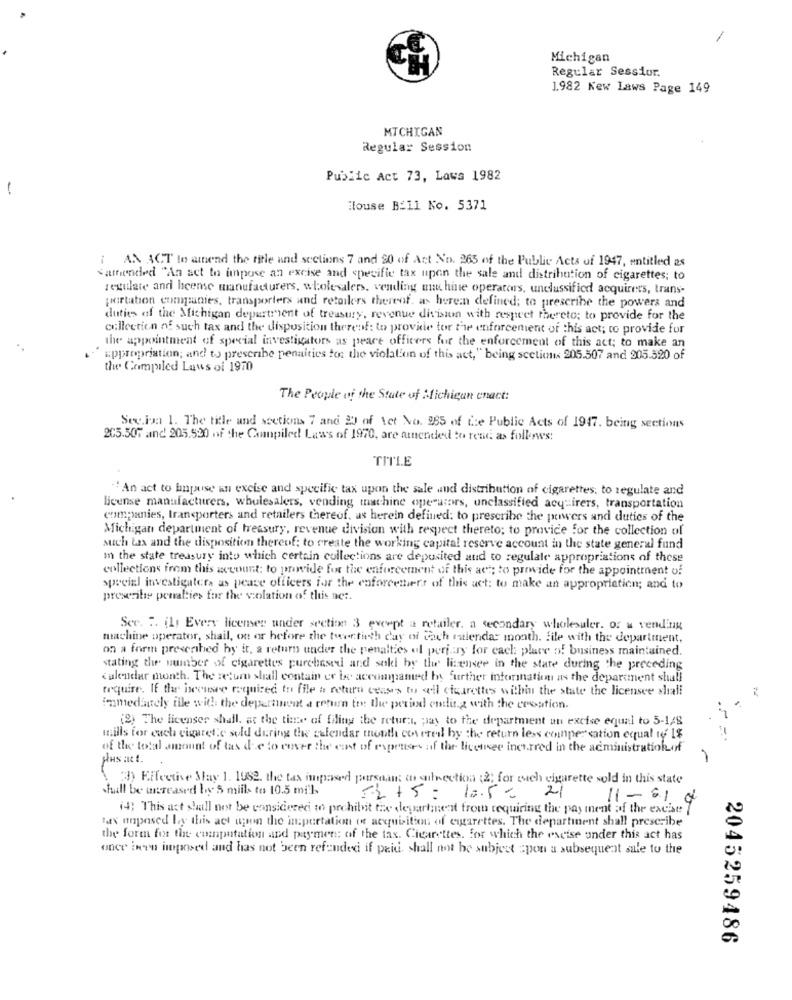
Michigan
CH
Regular Sessior.
1982 New Laws Page 149
MICHIGAN
Regular Session
Public Act 73, Laws 1982
-
House Bill No. 5371
i AN ACT to anend the title and sections 7 and 50 of Art No. 265 of the Public Acts of 1947, entitled as
samended "An act to impose an excise and specific tax upon the sale and distribution of cigarettes; to
regulate and heense manufacturers, wholesalers, vending mu hine operators, unclassified acquirers, trans-
pertation companies, transporters and retailers thereof. as heren defined; to prescribe the powers and
duties of the Michigan department of treasury, revenue division with respect thereto; to provide for the
collection of such tax and the disposition thereof: to provide tor the enforcement of this act; to provide for
the appointment of special investigators as peace officers for the enforcement of this act; to make an
appropriation; and to prescribe penalties for the violation of this act," being section. 205.507 and 205.520 of
the Compiled Laws of 1970
The People of the State of Michigan enact:
Sec.iva 1. The title und secticms 7 and 20 of tet No. 985 of Le Public Acts of 1947. being sections
205.507 and 205.520 of the Compiled Laws of 1970, are amended to rend as follows:
TITLE
"An act to Enpause an excise and specific tax upon the sale and distribution of cigarettes, to regulate and
license manufacturers, wholesalers, vending machine operators, unclassified acquirers, transportation
companies, transporters and retailers thereof, as herein defined: to prescribe the powers and duties of the
Michigan department of treasury, revenue division with respect thereto; to pravice for the collection of
such tax and the disposition thereof; to create the working capital reserve account in the state general fund
m the state treasury into which certain collections are deposited and to regulate appropriations of these
collections from this account: to provide for the enforcement of this act; to prewide for the appointment of
special investigater, as peace officers for the enforcetert of this act: to make an appropriation; and to
prescribe penalties for the violation of this act.
Ser. T. (1) Every licenser under section 3 except a retailer. a secondary wholesaler. or a vending
machine operator, shail, on or before the twentieth day of Fach ratienda month. file with the department,
on a form prescribed hy it, a return under the penalties ul perjury for each place of business maintained.
stating the number of cigarettes purchased and sold by the lisenser in the state during the preceding
calendar month. The return shall contain er be accompanied by further information as the department shall
require. If the ineisce required to file a return ceases to we'll cigarettes within the state the licensee shall
immediately file with the department a return to the period ending with the croation.
(2) The licenser shall. at the time of filing the return, pay to the department un excise equal to 5-1/8
mills for each cigarette sold during the calendar month covered by the return les compensation equal to 1%
of the total amount of tas die to cover the east of expertise of the licensee incurred in the administrationof
3) Effective May 1. 1982. the tax impased porsaan on subsection (2; for such cigarette sold in this state
.Full be unTeased boy S mills to 10.5 mil.
2+5= 10.5- 21
11-61 9
(4) This act shall not be considered to prohibit the department from requiring the payment of the excise 7
tax imposed by this act upon the importation of acquisition of cigarettes. The department shall prescribe
the form for the computation and payment of the tax. Cigarettes. for which the excise under this act has
once ineen imposed and has not been refunded if paid, shall not be subject =pon a subsequent sale to the
2045259486